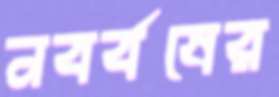
নবর্বষের